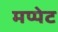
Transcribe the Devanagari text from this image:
मप्पेट